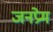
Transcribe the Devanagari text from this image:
जनप्रेम